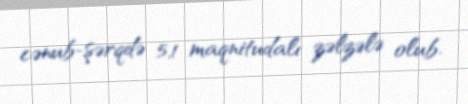
cənub-şərqdə 5,1 maqnitudalı zəlzələ olub.